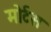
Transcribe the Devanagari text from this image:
मोर्टस